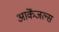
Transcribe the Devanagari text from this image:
आर्केंजल्स